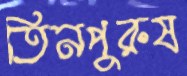
তিনপুরুষ